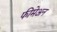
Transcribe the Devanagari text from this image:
फीमेअन